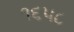
૧૬૫૮